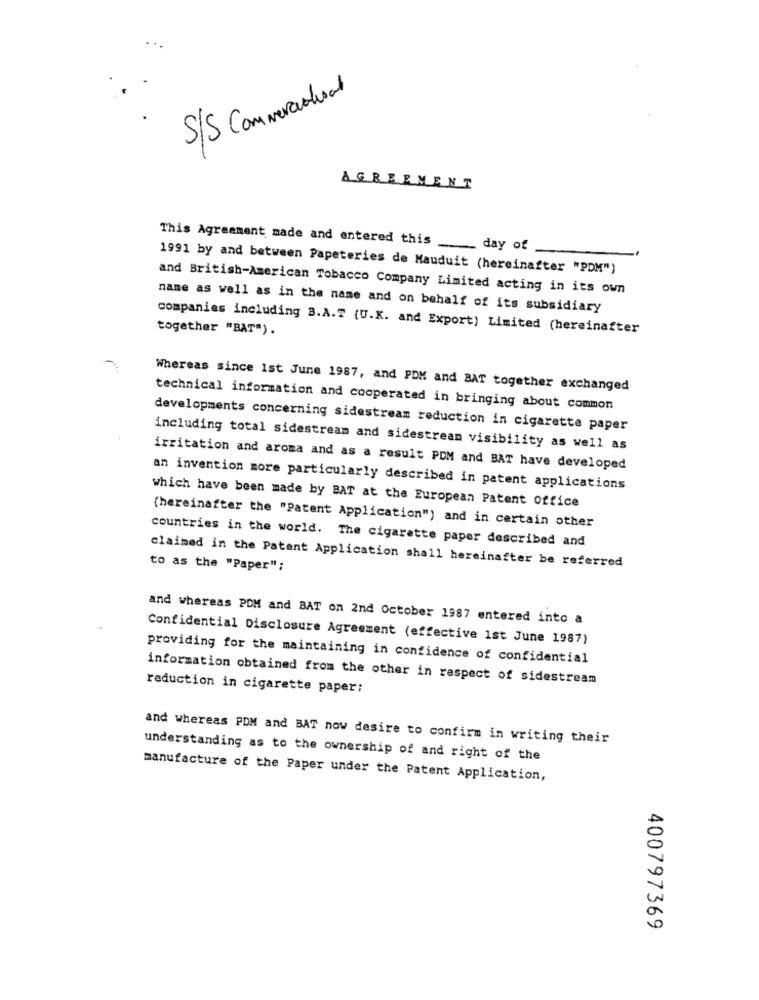
S/S Commercial
AGREEMENT
This Agreement made and entered this __ day of
1991 by and between Papeteries de Mauduit (hereinafter "PDM")
and British-American Tobacco Company Limited acting in its own
name as well as in the name and on behalf of its subsidiary
together "BAT").
companies including 3.A.T (U.K. and Export) Limited (hereinafter
Whereas since 1st June 1987, and PDM and BAT together exchanged
technical information and cooperated in bringing about common
developments concerning sidestream reduction in cigarette paper
including total sidestream and sidestream visibility as well as
irritation and aroma and as a result PDM and BAT have developed
an invention more particularly described in patent applications
which have been made by BAT at the European Patent office
(hereinafter the "Patent Application") and in certain other
countries in the world. The cigarette paper described and
to as the "Paper";
claimed in the Patent Application shall hereinafter be referred
and whereas PDM and BAT on 2nd October 1987 entered into a
Confidential Disclosure Agreement (effective 1st June 1987)
providing for the maintaining in confidence of confidential
information obtained from the other in respect of sidestream
reduction in cigarette paper;
and whereas PDM and BAT now desire to confirm in writing their
understanding as to the ownership of and right of the
manufacture of the Paper under the Patent Application,
400797369